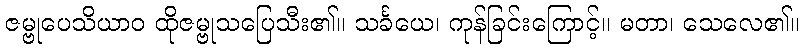
ဇမ္ဗုပေသိယာဝ ထိုဇမ္ဗုသပြေသီး၏။ သင်္ခယေ၊ ကုန်ခြင်းကြောင့်။ မတာ၊ သေလေ၏။